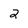
Character: 2